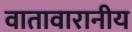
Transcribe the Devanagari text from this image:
वातावारानीय